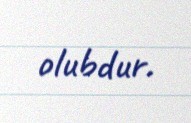
olubdur.